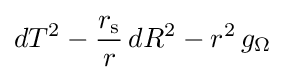
dT^{2}-{\frac {r_{\mathrm {s} }}{r}}\,dR^{2}-r^{2}\,g_{\Omega }